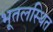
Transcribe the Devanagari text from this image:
भूतलस्थित